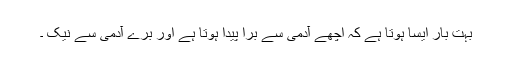
بہت بار ایسا ہوتا ہے کہ اچھے آدمی سے برا پیدا ہوتا ہے اور برے آدمی سے نیک ۔